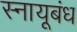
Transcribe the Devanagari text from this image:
स्नायूबंध